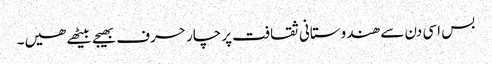
بس اسی دن سے ھندوستانی ثقافت پر چار حرف بھیجے بیٹھے ھیں۔